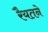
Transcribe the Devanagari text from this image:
रैयतने